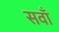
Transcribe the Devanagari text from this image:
सवाँ